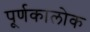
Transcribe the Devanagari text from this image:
पूर्णकालोक